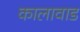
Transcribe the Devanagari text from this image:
कालावाड